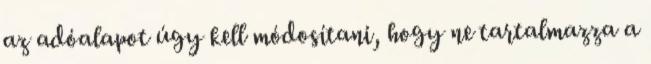
az adóalapot úgy kell módosítani, hogy ne tartalmazza a